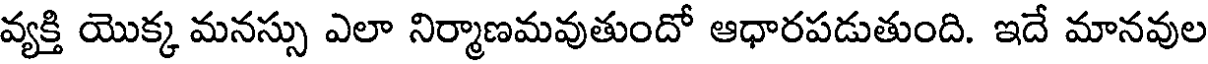
వ్యక్తి యొక్క మనస్సు ఎలా నిర్మాణమవుతుందో ఆధారపడుతుంది. ఇదే మానవుల